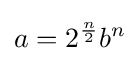
a=2^{\frac {n}{2}}b^{n}